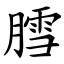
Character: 膤